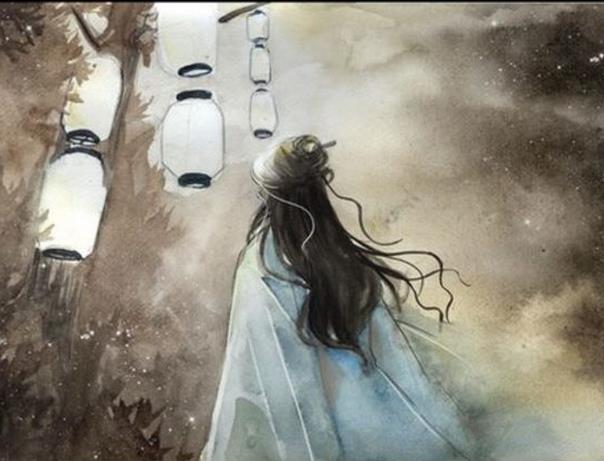
草色烟光残照里，无言谁会凭阑意。